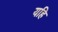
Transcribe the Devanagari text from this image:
यहि